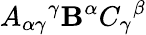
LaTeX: A_{\alpha\gamma}{}^{\gamma}\mathbf{B}^{\alpha}C_{\gamma}{}^{\beta}